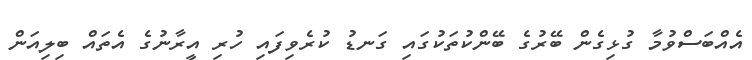
އެއްބަސްވުމާ ގުޅިގެން ބޭރުގެ ބޭންކުތަކުގައި ގަނޑު ކުރެވިފައި ހުރި އީރާނުގެ އެތައް ބިލިއަން